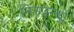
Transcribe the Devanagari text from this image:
निस्पन्दों